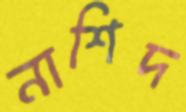
নাশিদ